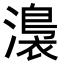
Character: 𭲰